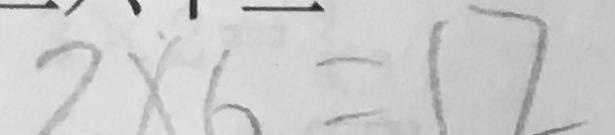
2 \times 6 = 1 2